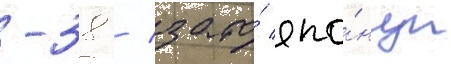
-38 / зато́ япо́нцы